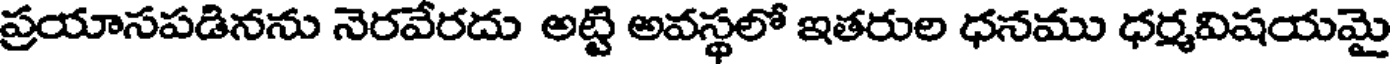
ప్రయాసపడినను నెరవేరదు అట్టి అవస్థలో ఇతరుల ధనము ధర్మవిషయమై